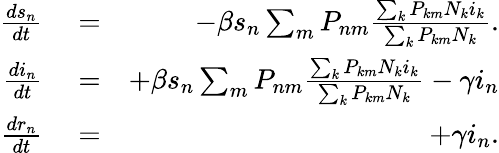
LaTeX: \begin{array}{rlr}{\frac{ds_{n}}{dt}}&{{}=}&{-\beta s_{n}\sum_{m}P_{nm}\frac{\sum_{k}P_{km}N_{k}i_{k}}{\sum_{k}P_{km}N_{k}}.}\\ {\frac{di_{n}}{dt}}&{{}=}&{+\beta s_{n}\sum_{m}P_{nm}\frac{\sum_{k}P_{km}N_{k}i_{k}}{\sum_{k}P_{km}N_{k}}-\gamma i_{n}}\\ {\frac{dr_{n}}{dt}}&{{}=}&{+\gamma i_{n}.}\end{array}